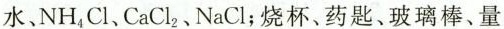
水、NH_{4}Cl、CaCl_{2}、NaCl；烧杯、药匙、玻璃棒、量